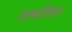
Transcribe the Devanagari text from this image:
प्रफांसिस